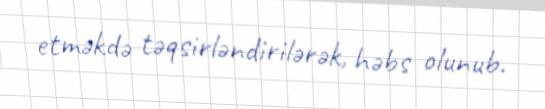
etməkdə təqsirləndirilərək, həbs olunub.